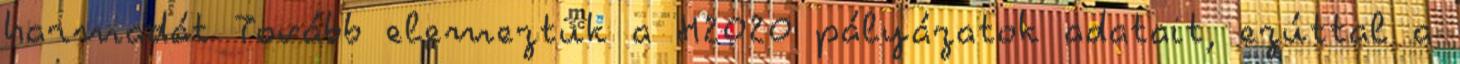
harmadát Tovább elemeztük a H2020 pályázatok adatait, ezúttal a